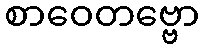
စာဝေတဗ္ဗော